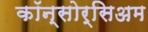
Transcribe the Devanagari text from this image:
कॉन्सोर्सिअम